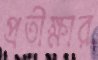
প্রতীক্ষার